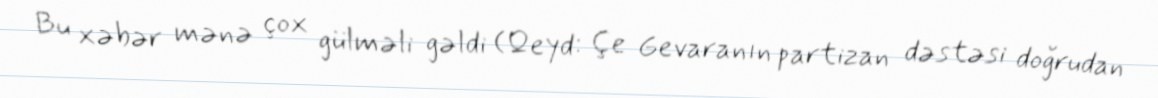
Bu xəbər mənə çox gülməli gəldi (Qeyd: Çe Gevaranın partizan dəstəsi doğrudan